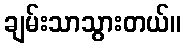
ချမ်းသာသွားတယ်။